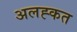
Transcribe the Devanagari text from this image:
अलह्कत